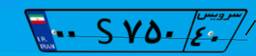
۰۰S۷۵۰۴۰